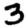
Digit: 3